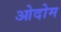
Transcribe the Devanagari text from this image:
ओदोम